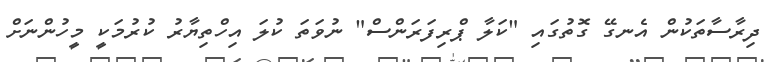
ދިރާސާތަކުން އެނގޭ ގޮތުގައި "ކަލާ ޕްރިފަރަންސް" ނުވަތަ ކުލަ އިހްތިޔާރު ކުރުމަކީ މީހުންނަށް